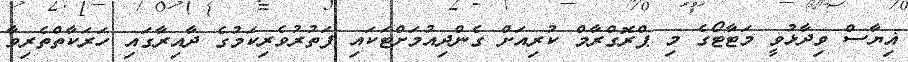
ޣިޔާސް ވިދާޅުވީ މަޓާޓޯގެ މި ޕްރޮގްރާމް ކުރިއަށް ގެންދިއުމަށްޓަކައި ފަތުރުވެރިކަމުގެ ދާއިރާގައި ހަރަކާތްތެރިވާ